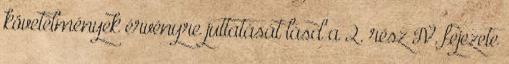
követelmények érvényre juttatását lásd a 2. rész IV. fejezete